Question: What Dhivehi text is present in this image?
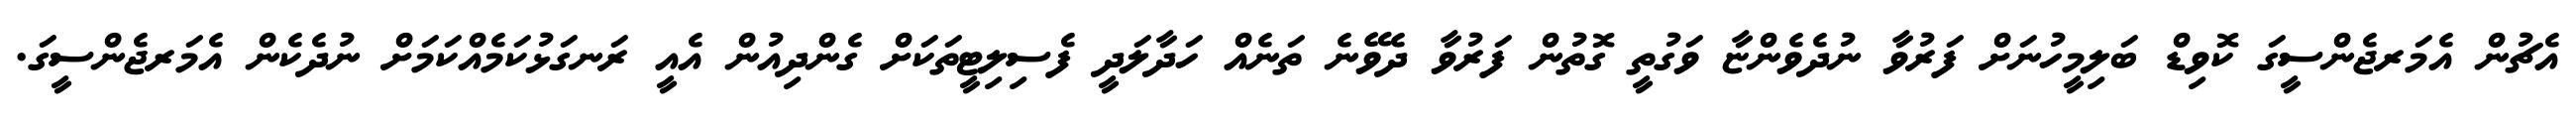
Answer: އެޗުން އެމަރޖެންސީގަ ކޮވިޑް ބަލިމީހުނަށް ފަރުވާ ނުދެވެންޏާ ވަގުތީ ގޮތުން ފަރުވާ ދެވޭނެ ތަނެއް ހަދާލަދީ ފެސިލިޓީތަކަށް ގެންދިއުން އެއީ ރަނގަޅުކަމެއްކަމަށް ނުދެކެން އެމަރޖެންސީގަ.